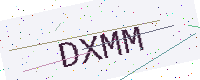
Text: DXMM